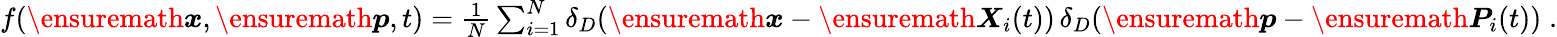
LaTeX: \begin{array}{r}{f(\ensuremath{\boldsymbol{x}},\ensuremath{\boldsymbol{p}},t)=\frac{1}{N}\sum_{i=1}^{N}\delta_{D}(\ensuremath{\boldsymbol{x}}-\ensuremath{\boldsymbol{X}}_{i}(t))\, \delta_{D}(\ensuremath{\boldsymbol{p}}-\ensuremath{\boldsymbol{P}}_{i}(t))\; .}\end{array}